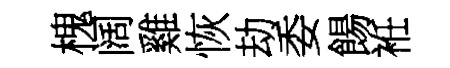
槐阔雞恢劫委餳袵